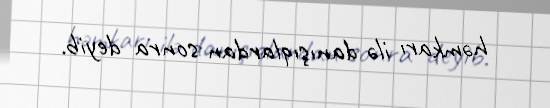
həmkarı ilə danışıqlardan sonra deyib.